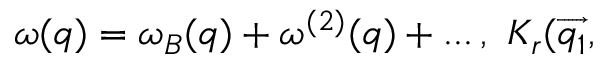
\omega ( q ) = \omega _ { B } ( q ) + \omega ^ { ( 2 ) } ( q ) + . . . \, , \, \, K _ { r } ( \overrightarrow { q _ { 1 } } ,